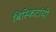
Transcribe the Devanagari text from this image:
बिस्किटांची